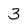
Character: 3